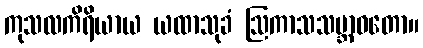
ကုသလကိရိယာယ ယထာသုခံ ဩကာသသဗ္ဘာဝတော။